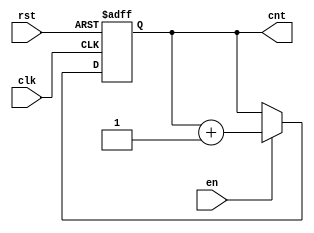
module up_counter (
    input wire clk,      // Clock input
    input wire en,       // Enable input
    input wire rst,      // Asynchronous reset input
    output reg [3:0] cnt // 4-bit counter output
);

// Asynchronous reset and count logic
always @(posedge clk or posedge rst) begin
    if (rst) begin
        cnt <= 4'b0000; // Reset counter to 0
    end else if (en) begin
        cnt <= cnt + 1; // Increment counter if enabled
    end
    // If enable is low, retain current count (do nothing)
end

endmodule